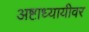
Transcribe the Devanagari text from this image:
अष्टाध्यायीवर